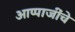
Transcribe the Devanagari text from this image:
आप्पाजींचे